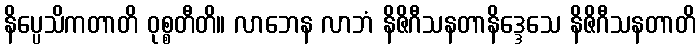
နိပ္ပေသိကတာတိ ဝုစ္စတီတိ။ လာဘေန လာဘံ နိဇိဂီသနတာနိဒ္ဒေသေ နိဇိဂီသနတာတိ